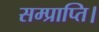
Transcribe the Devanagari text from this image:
सम्प्राप्ति।